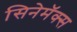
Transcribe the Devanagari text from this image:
सिनेमॅक्स